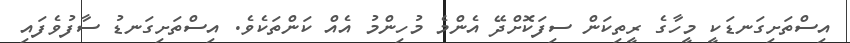
އިސްތަށިގަނޑަކީ މީހާގެ ރީތިކަން ސިފަކޮށްދޭ އެންމެ މުހިންމު އެއް ކަންތަކެވެ. އިސްތަށިގަނޑު ސާފުވެފައި